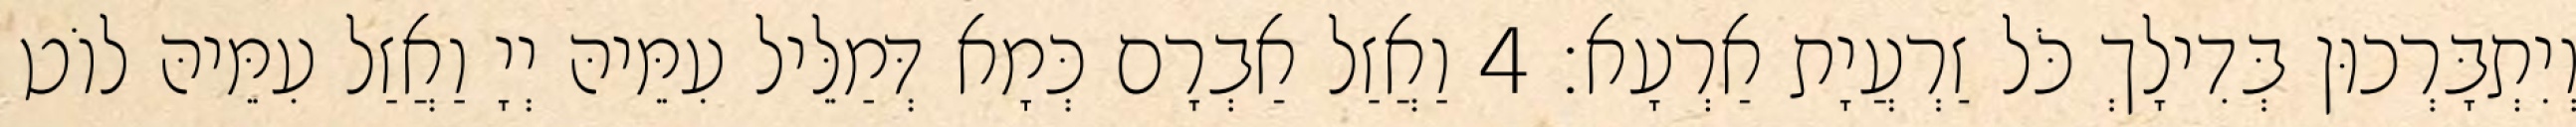
וְיִתְבָּרְכוּן בְּדִילָךְ כֹּל זַרְעֲיָת אַרְעָא׃ 4 וַאֲזַל אַבְרָם כְּמָא דְּמַלֵּיל עִמֵּיהּ יְיָ וַאֲזַל עִמֵּיהּ לוֹט